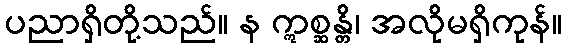
ပညာရှိတို့သည်။ န ဣစ္ဆန္တိ၊ အလိုမရှိကုန်။